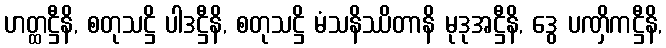
ဟတ္ထဋ္ဌီနိ, စတုသဋ္ဌိ ပါဒဋ္ဌီနိ, စတုသဋ္ဌိ မံသနိဿိတာနိ မုဒုအဋ္ဌီနိ, ဒွေ ပဏှိကဋ္ဌီနိ,